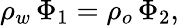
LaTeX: \rho_{w}\, \Phi_{1}=\rho_{o}\, \Phi_{2},